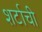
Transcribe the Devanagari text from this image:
शर्टाची